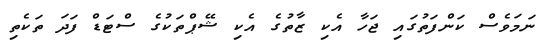
ނަމަވެސް ކަންފަތުގައި ޖަހާ އެކި ޒާތުގެ އެކި ޝޭޕްތަކުގެ ސްޓަޑް ފަދަ ތަކެތި